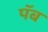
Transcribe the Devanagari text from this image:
पॅब